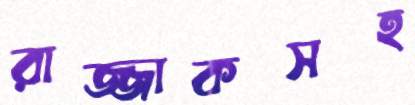
রাজ্জাকসহ